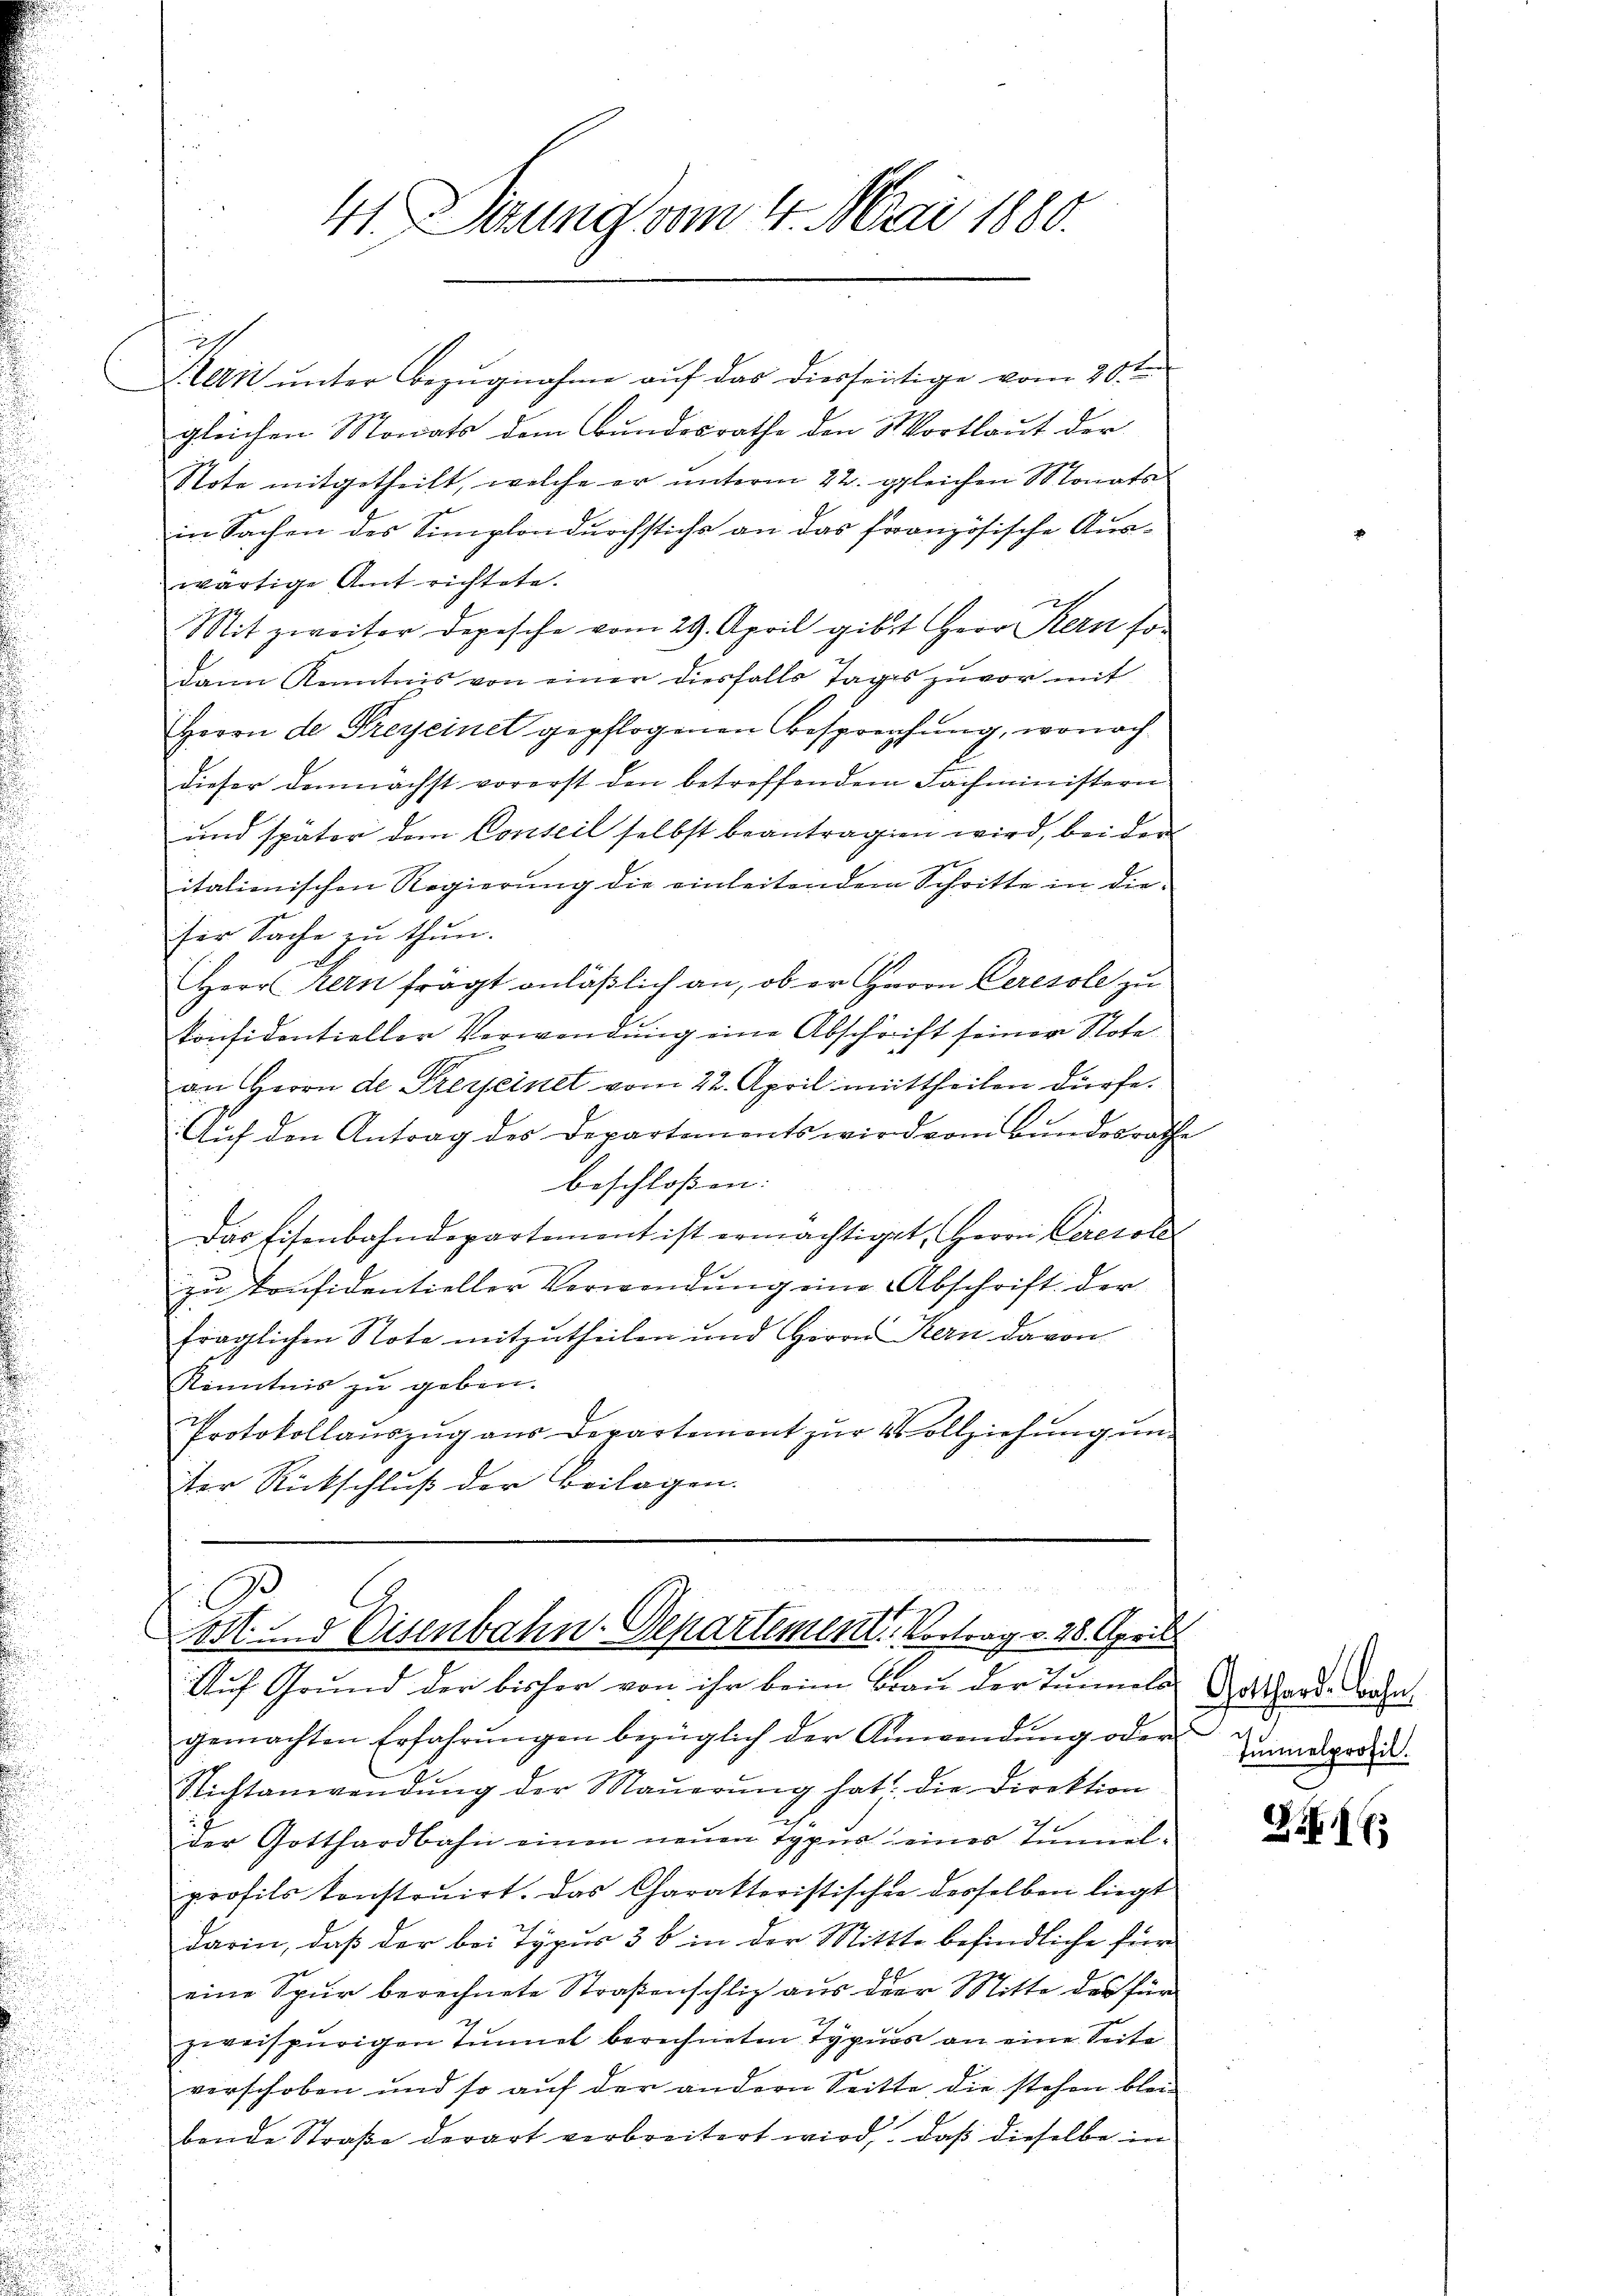
Kerii unter Bezugnahme auf das diesseitige vom 20. ten
gleichen Monats dem Bundesrathe den Wortlaut der
Stote mitgetheilt, welche er unterm 22. gleichen Monats
in Sachen des Simplondurchstichs an das französische Auswärtige Antrichtete.
2
Mit zweiter Depesche vom 29. April gibt Herr Kern sodann Kenntnis von einer diesfalls Tages zuvor mit
Herrn der Preyseinet gepflogenen Besprechung, wonach
dieser demnächst vorerst den betroffendem Fachministern
und später dem Conseil selbst beantragen wird, bei den
italienischen Regierung die einleitendem Schritte in dieser Sache zu thun.
Herr Kern frägt anläßlich an, ob er Herrn Ceresole zu
konsidentieller Verwendung eine Abschrift seiner Note
an Herrn de Preiseinet vom 22. April mittheilen dürfe.
Auf den Antrag des Departements wird vom Bundesrathe
beschloßen:
Das Eisenbahndepartement ist ermächtiget, Herrn Ceresol
zu konsidentieller Verwendung eine Abschrift der
fraglichen Note mitzutheilen und Herrn Kern davon
Kenntnis zu geben.
Protokollauszug aus Departement zur Vollziehung unter Rückschluß der Beilagen.

d
 B e
C
f
ost und Eisenbahn-Departemen. Vortrag v. 28. April

41. Sizung vom 4. Mai 1880.

Auf Grund der bisher von ihr beim Brau der Tunnels
gemachten Erfahrŭngen bezüglich der Anwendŭng oder
Nichtanwendŭng der Maŭerŭng hat die Direktion
der Gotthardbahn einen neuen Typus eines Tunnelprofils konstruirt. Das Charaktoristischen desselben liegt
darin, daß der bei Typus 3 b in der Mittte befindliche für
eine Spur berechnete Straßenschliz aus der Mitte des für
zweispurigen Tunnel berechneten Typus an eine Seite
verschoben und so auf der andern Seitte, die stehen blei-
bende Straße derart verbreitert wird, daß dieselbe in

Gotthard-Bahn.
Tunnelprofil.

216